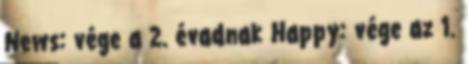
News: vége a 2. évadnak Happy: vége az 1.